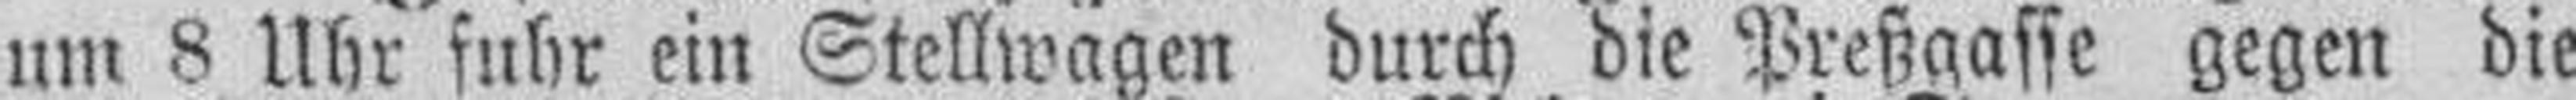
um 8 Uhr fuhr ein Stellwagen durch die Preßgasse gegen die